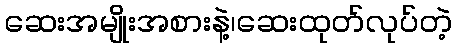
ဆေးအမျိုးအစားနဲ့၊ဆေးထုတ်လုပ်တဲ့